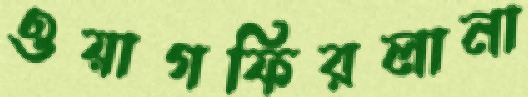
ওয়াগফিরলানা